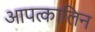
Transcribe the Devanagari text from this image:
आपत्कालिन